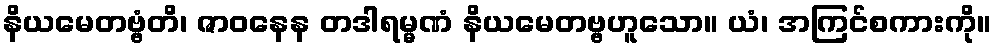
နိယမေတဗ္ဗံတိ၊ ဇာဝနေန တဒါရမ္မဏံ နိယမေတဗ္ဗဟူသော။ ယံ၊ အကြင်စကားကို။